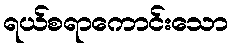
ရယ်စရာကောင်းသော